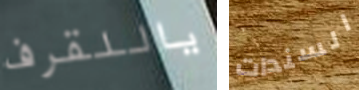
ياللقرف السندات